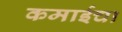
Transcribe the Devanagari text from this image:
कमाईचा